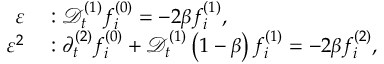
\begin{array} { r l } { \varepsilon } & { { } : \mathcal { D } _ { t } ^ { ( 1 ) } f _ { i } ^ { ( 0 ) } = - 2 \beta f _ { i } ^ { ( 1 ) } , } \\ { \varepsilon ^ { 2 } } & { { } : \partial _ { t } ^ { ( 2 ) } f _ { i } ^ { ( 0 ) } + \mathcal { D } _ { t } ^ { ( 1 ) } \left( 1 - \beta \right) f _ { i } ^ { ( 1 ) } = - 2 \beta f _ { i } ^ { ( 2 ) } , } \end{array}